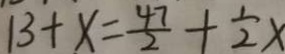
1 3 + x = \frac { 4 7 } { 2 } + \frac { 1 } { 2 } x